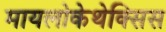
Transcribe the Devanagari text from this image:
मायलोकेथेक्सिस